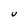
Character: u